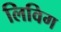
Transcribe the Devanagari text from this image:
लिविग